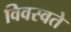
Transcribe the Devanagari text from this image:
विवस्वते